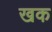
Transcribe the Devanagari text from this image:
खक